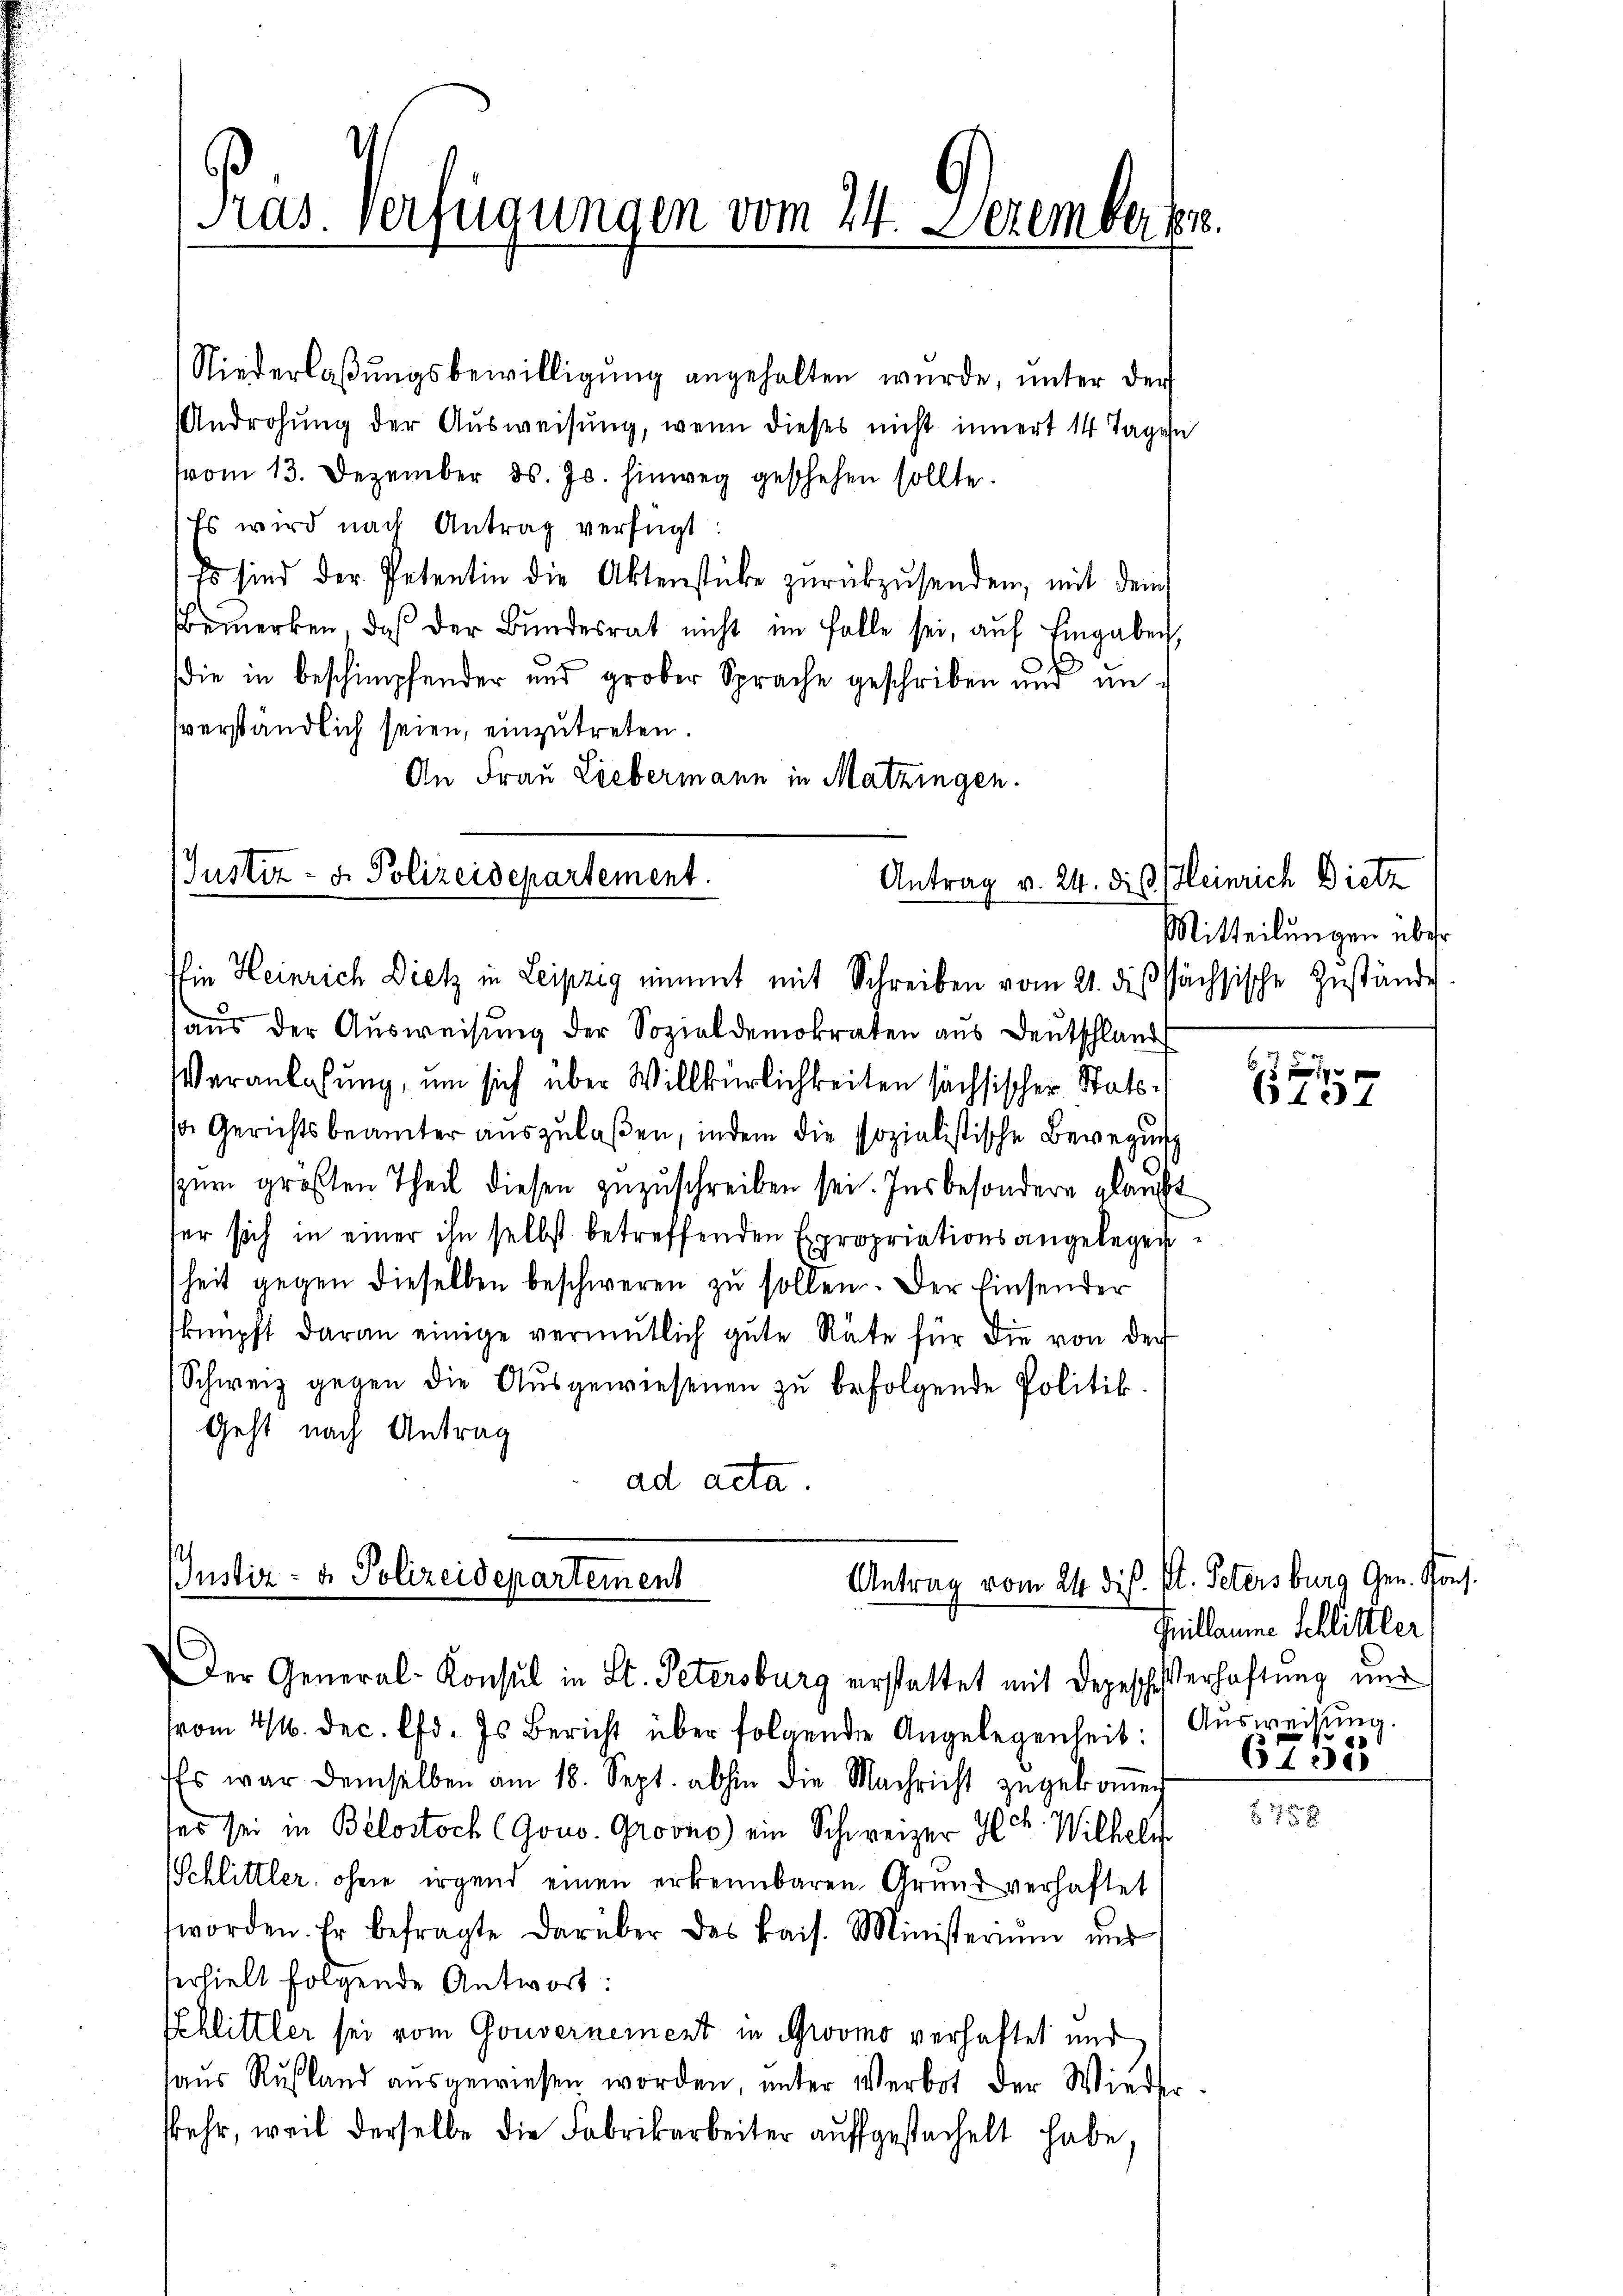
Präs. Verfügungen vom 14. Dezember

Niederlaβŭngsbewilligŭng angehalten würde, unter der
Androhŭng der Aŭsweisŭng, wenn dieses nicht innert 14 Tagen
(vom 13. Dezember d. Js. hinweg geschehen sollte.
Es wird nach Antrag verfügt
Es sind der Petentin die Aktenstücke zurükzŭsenden, mit dem
Bemerken, daß der Bŭndesrat nicht im Falle sei, aŭf Eingaben,
die in beschimpfender und grober Sprache geschriben und unverständlich seien, einzutreten.
An Frau Liebermann in Matzingen.

Justiz- u. Polizeidepartement.
Antrag v. 24. die Heinrich Dietz
ie Heinrich Dietz in Leipzig nimmt mit Schreiben vom 21. dißsächsische Zustände

aŭs der Aŭsweisŭng der Sozialdemokraten aŭs deŭtschland
Veranlassung, um sich über Willkürlichkeiten sächsischer Statsa Gerichtsbeamter auszulaßen, indem die sozialistische Bewegung
zum größten Theil diesen zuzuschreiben sei. Insbesondere glaubt
her sich in einer ihn selbst betreffenden Expropriationsangelegensheit gegen dieselben beschweren zu sollen. Der Einsender
knüpft daran einige vermutlich gute Räte für die von der
Schweiz gegen die Aŭsgewiesenen zu befolgende Politik-
Geht nach Antrag
ad acta

Justiz- & Polizeidepartement
Antrag vom 24. dis. St. Petersburg Gen. Kons.
Der General-Konsul in St. Petersburg erstattet mit Depeschierhaftung und

vom 24. Dec. l. Es bericht über folgende Angelegenheit:/ Aŭsweisŭng.
Es war demselben am 18. Sept. abhin die Nachricht zŭgekommen
ses sei in Belostoch (Gono. Grovno) ein Schweizer Hr. Wilhel
Schlittler, ohne irgend einen erkennbarem Grund verhaftet
worden. Er befragte darüber des kais. Ministerim und
erhielt folgende Antwort:
Schlittler sei vom Gouvernement in Gromo verhaftet und
haŭs Rußland aŭsgewiesen worden, unter Verbot der Wieder
kehr, weil derselbe die Fabrikarbeiter aufgestachelt habe.

Mitteilungen über

Frillaume Schlittler
6755

678.

6137